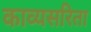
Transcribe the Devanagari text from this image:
काव्यसरिता